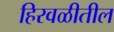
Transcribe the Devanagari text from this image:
हिरवळीतील